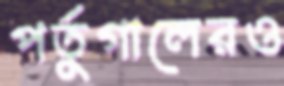
পর্তুগালেরও